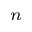
_ n